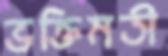
ভক্তিমতী